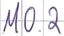
Text: M0.2